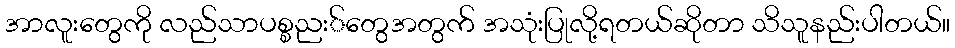
အာလူးတွေကို လည်သာပစ္စညး်တွေအတွက် အသုံးပြုလို့ရတယ်ဆိုတာ သိသူနည်းပါတယ်။